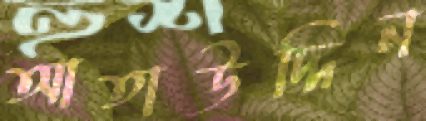
আতাউদ্দিন